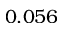
0 . 0 5 6